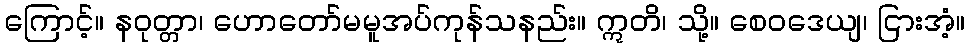
ကြောင့်။ နဝုတ္တာ၊ ဟောတော်မမူအပ်ကုန်သနည်း။ ဣတိ၊ သို့။ စေဝဒေယျ၊ ငြားအံ့။